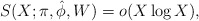
\begin{align*} S(X; \pi, \hat{\phi}, W) =o(X\log X),\end{align*}